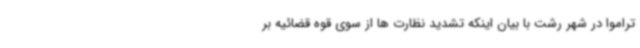
تراموا در شهر رشت با بیان اینکه تشدید نظارت ها از سوی قوه قضائیه بر